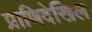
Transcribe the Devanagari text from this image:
प्राणिदेखिल